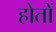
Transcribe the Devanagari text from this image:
होतों